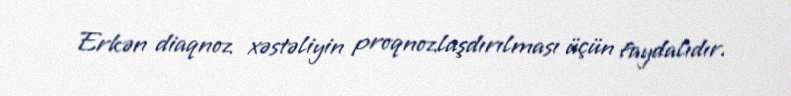
Erkən diaqnoz xəstəliyin proqnozlaşdırılması üçün faydalıdır.